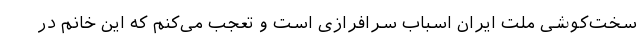
سخت‌کوشی ملت ایران اسباب سرافرازی است و تعجب می‌کنم که این خانم در